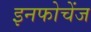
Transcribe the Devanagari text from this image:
इनफोचेंज